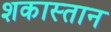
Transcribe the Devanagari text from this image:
शकास्तान